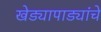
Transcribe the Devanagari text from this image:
खेड्यापाड्यांचे